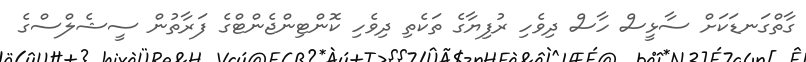
ގާތްގަނޑަކަށް ސާޅީސް ހާސް ދިވެހި ރުފިޔާގެ ތަކެތި ދިވެހި ކޮންޓިންޖެންޓްގެ ފަރާތުން ސީޝެލްސްގެ